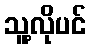
သူ့လိုပင်